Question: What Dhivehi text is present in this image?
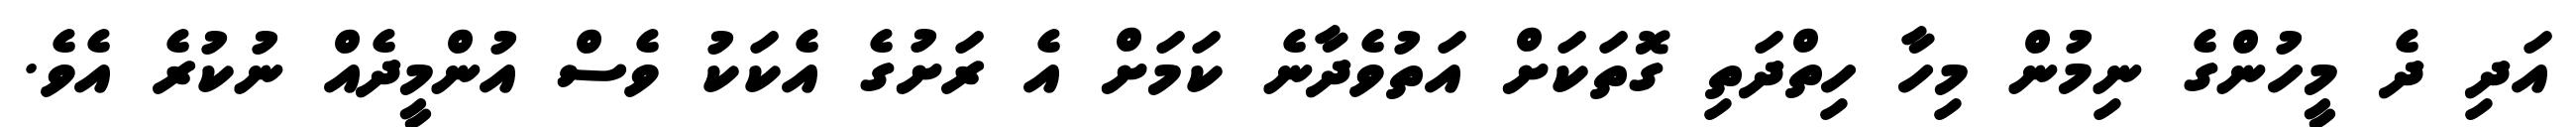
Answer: އަދި ދެ މީހުންގެ ނިމުން މިހާ ހިތްދަތި ގޮތަކަށް އަތުވެދާނެ ކަމަށް އެ ރަށުގެ އެކަކު ވެސް އުންމީދެއް ނުކުރެ އެވެ.